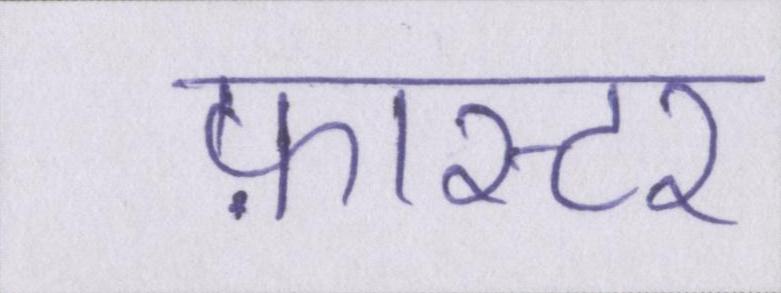
फ़ास्टर